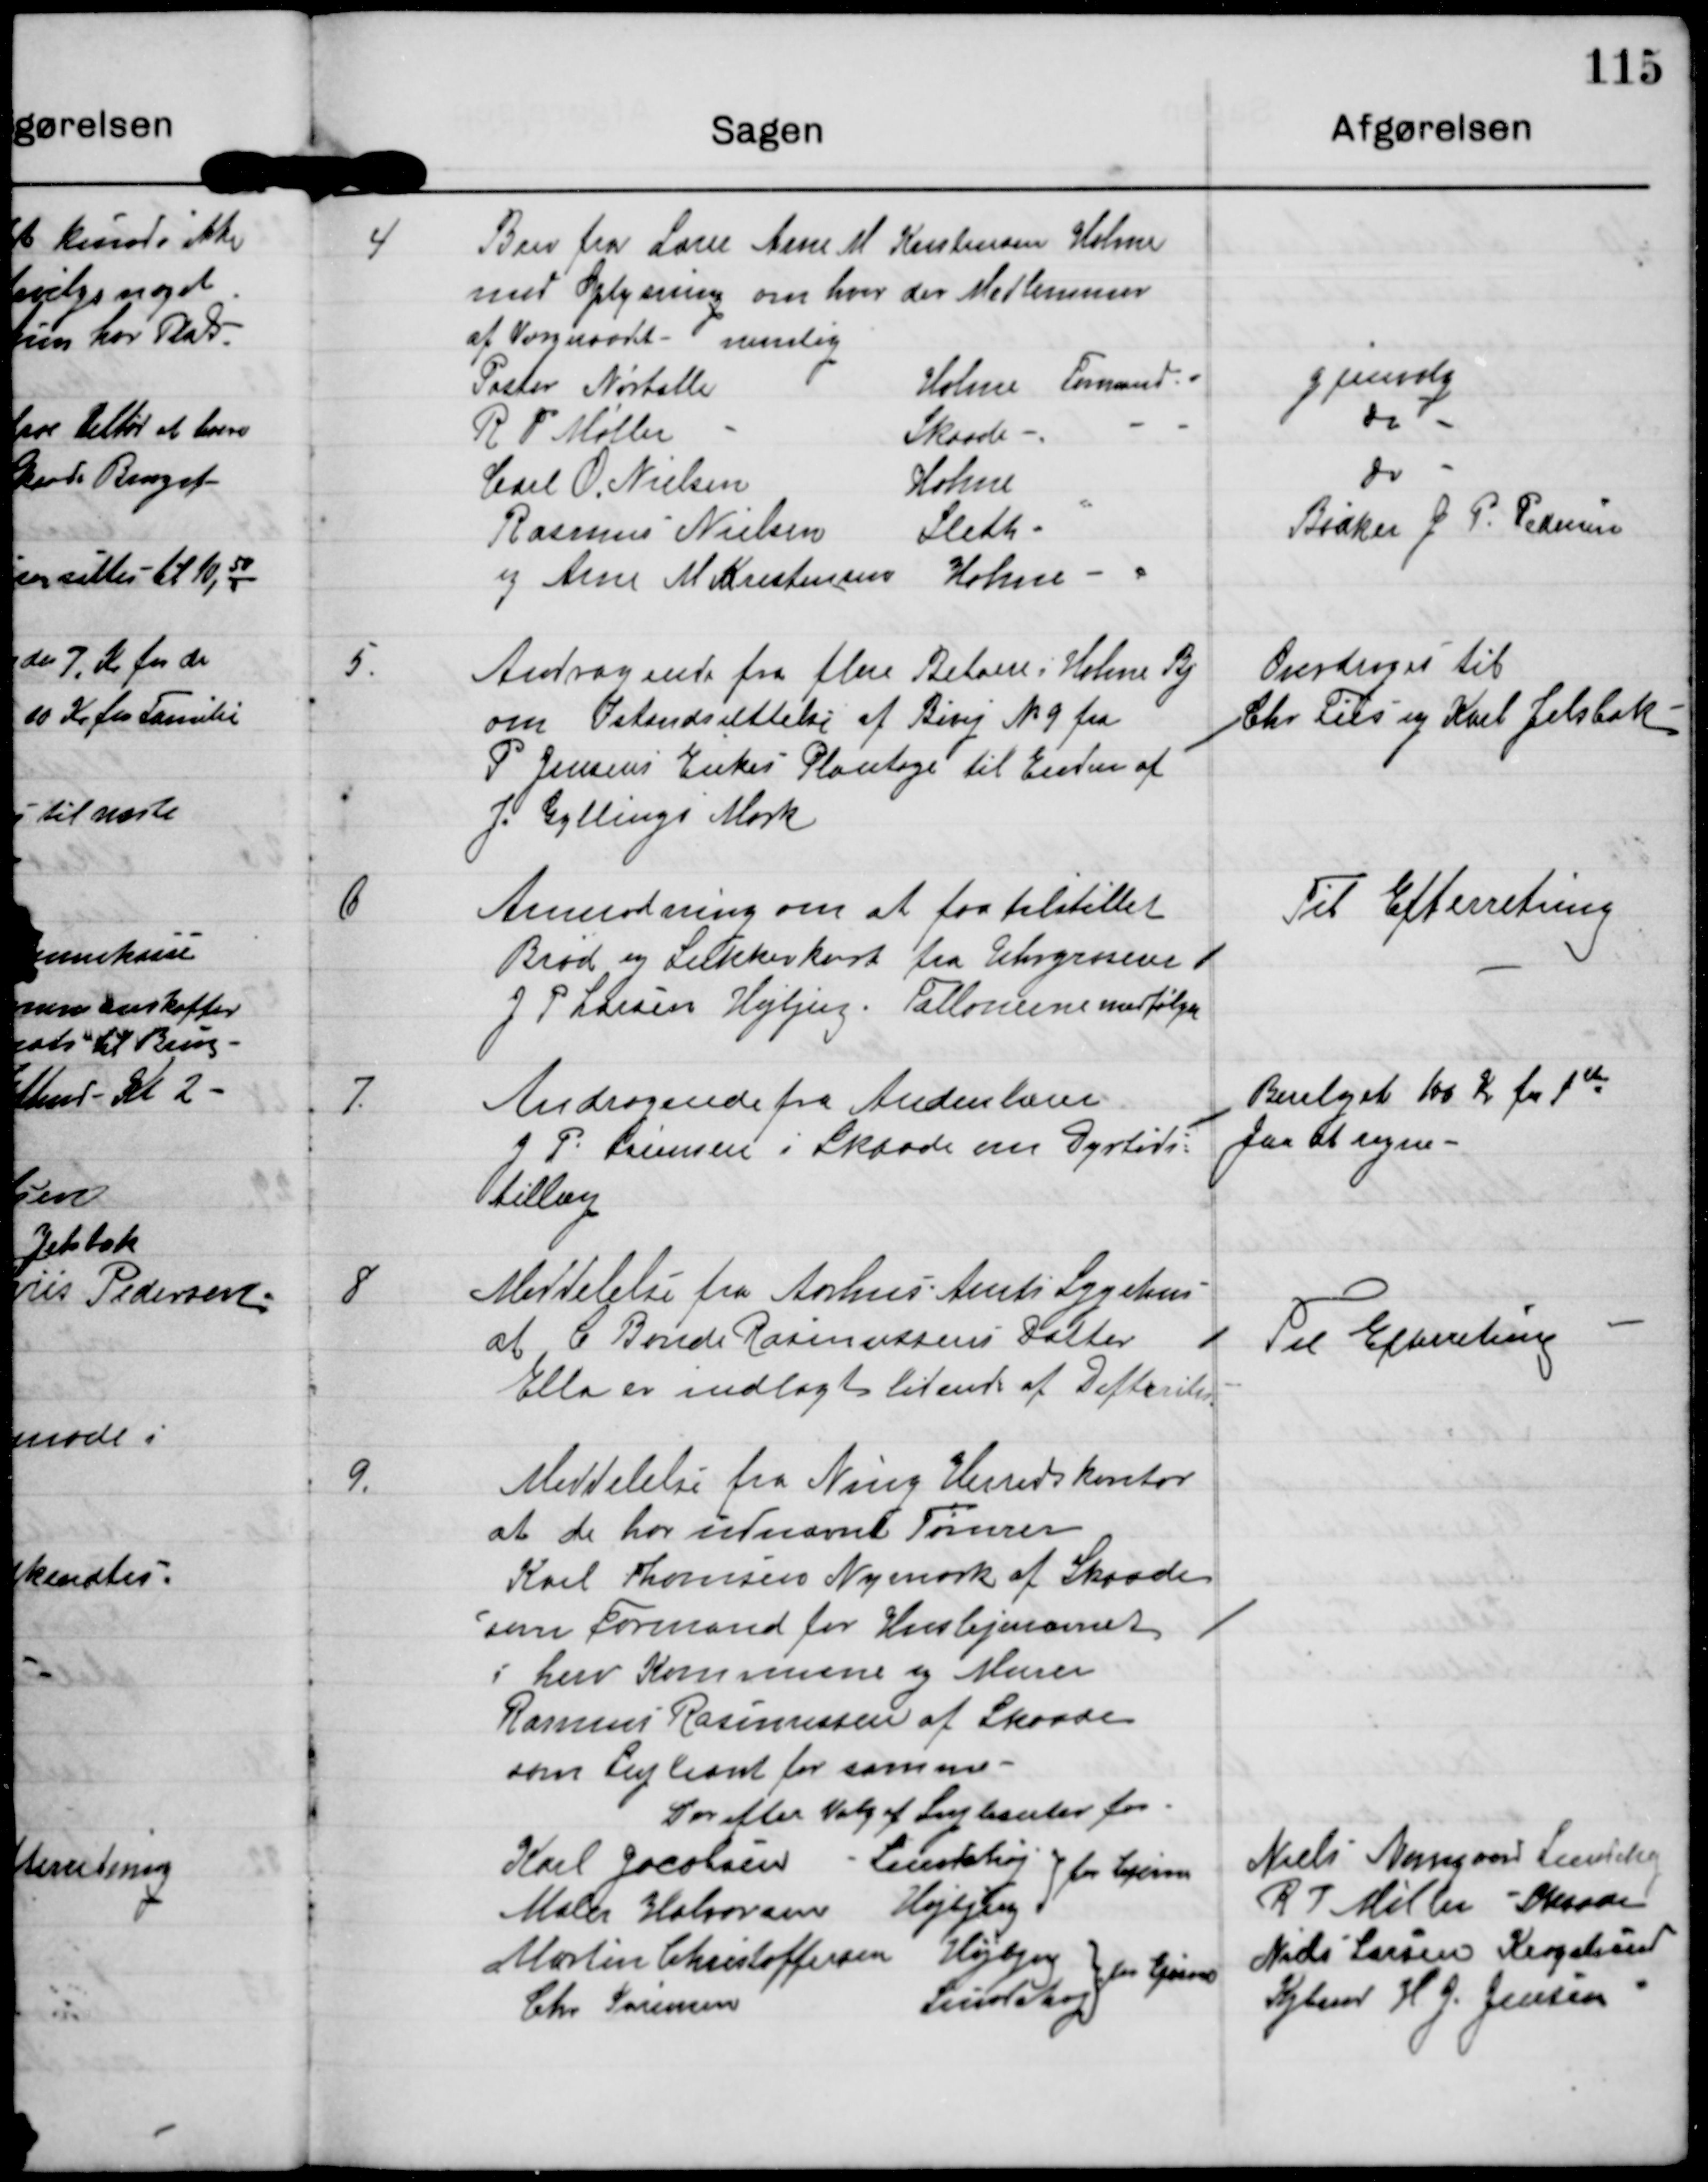
Transskription:
4

Brev fra  Lærer Arne M. Kristensen Holme
med Oplysning om hvor der Medlemmer
af Værnraadet - nemlig
Pastor Nørballe
Holme Formand
R P Møller
Skaade
Carl O. Nielsen
Holme
Rasmus Nielsen Sleth
og Arne M Kristensen Holme

Gjenvalg
Do
Do
Bødker J P. Pedersen

5.

Andragende fra flere Beboere i Holme By
om Istandsættelse af Bivej N 9 fra
P Jensens Enkes Plantage til Enden af
J. Gyllings Mark

Overdroges til
Chr Friis og Karl Jelsbak

6

Anmodning om at faa tilstillet
Brød og Sukkerkort fra Uhrgroserer
J P Larsen Højbjerg. tallonerne medfølger

Til Efterretning

7

Andragende fra Andenlærer
J P Sørensen i Skaade om Dyrtids-
tillæg

Bevilget 100 Kr fra 1st
Jan at regne

8

Meddelelse fra Aarhus Amts Sygehus
at C Bonde Rasmussens Datter
Ella er indlagt lidende af Difteritis

Til Efterretning

9.

Meddelelse fra Ning Herreds kontor
at de har udnævnt Tømrer
Karl Thomsen Nymark af Skaade
som Formand for Huslejenævnet
i herv Kommune og Murer
Rasmus Rasmussen af Skaade
som Supleant for samme

Derefter Valg af Supleanter for

Karl Jacobsen - Lundshøj

for Lejerne

Maler Halvorsen - Højbjerg

for Ejerne

Martin Christoffersen - Højbjerg

Chr Sørensen
Lundshøj

Niels Mangaard Lundshøj
R I Møller - Skaade
Niels Larsen Kragelund
Kjbmd H G. Jensen